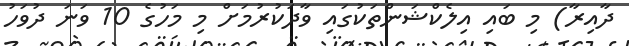
ދާއިރާ) މި ބައި އިލެކްޝަންތަކުގައި ވާދަކުރުމަށް މި މަހުގެ 10 ވަނަ ދުވަހު